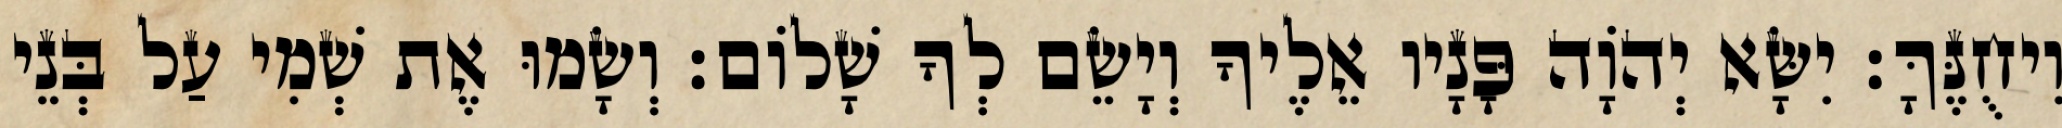
וִיחֻנֶּךָּ׃ יִשָּׂא יְהוָֹה פָּנָיו אֵלֶיךָ וְיָשֵׂם לְךָ שָׁלוֹם׃ וְשָׂמוּ אֶת שְׁמִי עַל בְּנֵי